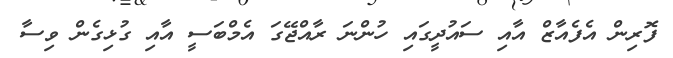
ފޮރިން އެފެއާޒް އާއި ސައުދީގައި ހުންނަ ރާއްޖޭގަ އެމްބަސީ އާއި ގުޅިގެން ވިސާ